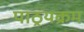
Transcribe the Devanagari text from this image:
पाठ्रयक्रम